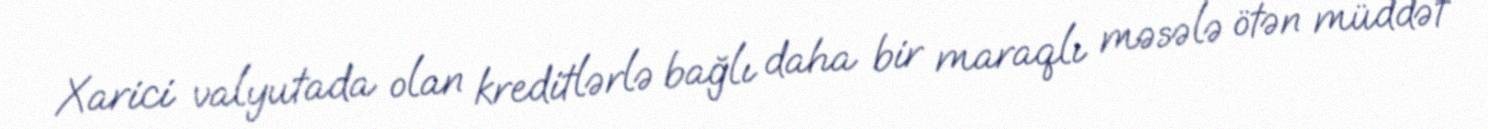
Xarici valyutada olan kreditlərlə bağlı daha bir maraqlı məsələ ötən müddət